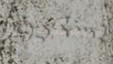
بسكين